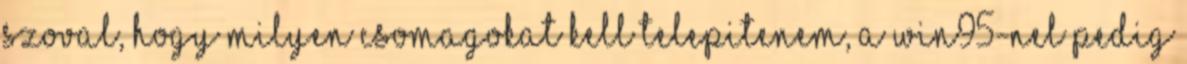
Szoval, hogy milyen csomagokat kell telepitenem, a win95-nel pedig